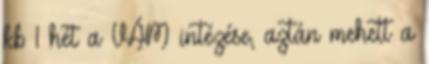
kb 1 hét a VÁM intézése, aztán mehett a